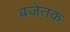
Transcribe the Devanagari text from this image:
बजेतक